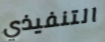
التنفيذي